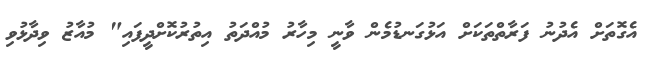
އެގޮތަށް އެދުނު ފަރާތްތަކަށް އަޅުގަނޑުމެން ވާނީ މިހާރު މުއްދަތު އިތުރުކޮށްދީފައި" މުއާޒު ވިދާޅުވި